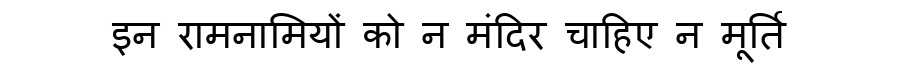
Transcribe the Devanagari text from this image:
इन रामनामियों को न मंदिर चाहिए न मूर्ति